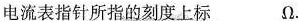
电流表指针所指的刻度上标___Ω。